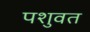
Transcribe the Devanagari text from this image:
पशुवत